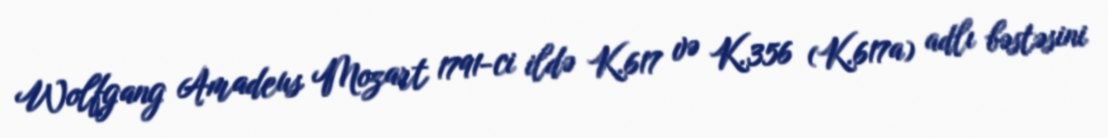
Wolfgang Amadeus Mozart 1791-ci ildə K.617 və K.356 (K.617a) adlı bəstəsini